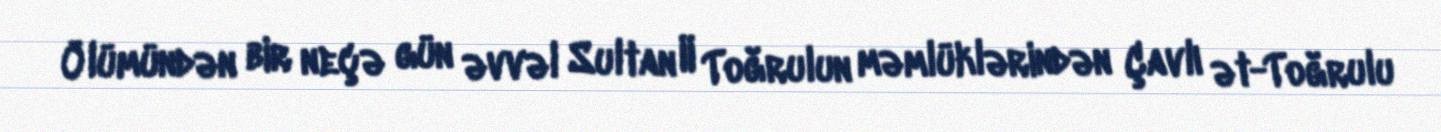
Ölümündən bir neçə gün əvvəl Sultan II Toğrulun məmlüklərindən Çavlı ət-Toğrulu